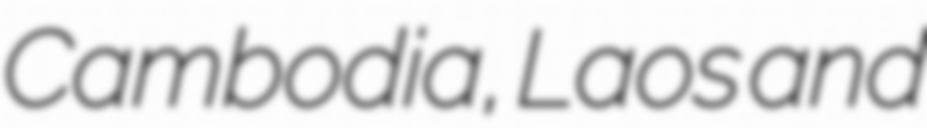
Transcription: Cambodia, Laos and